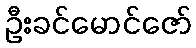
ဦးခင်မောင်ဇော်